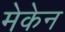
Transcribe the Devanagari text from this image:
मेकेन